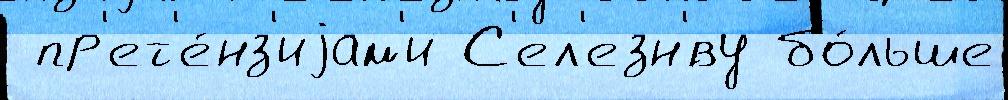
 пр'ет'е́нз'иjам'и С'ел'езн'́ву бо́льше